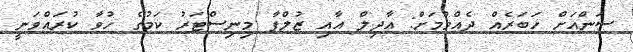
ސަންއަށް ޚަބަރެއް ދެއްވުމަށް: އާދިލް އާއި ޒުލްފާ މިނިސްޓަރު ކަމުގެ ހުވާ ކުރައްވަނީ